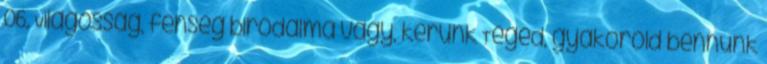
06. Világosság, fenség birodalma vagy, kérünk Téged, gyakorold bennünk